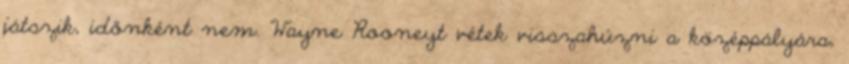
játszik, időnként nem. Wayne Rooneyt vétek visszahúzni a középpályára,